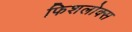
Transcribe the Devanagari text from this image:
फिशलोक्स